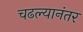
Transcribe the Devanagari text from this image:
चढल्यानंतर